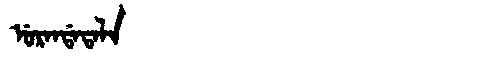
Manchu: ᡠᡵᠠᠨᡩᠠᡨᠠᠯᠠ
Romanization: URANDATALA